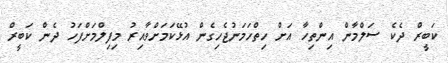
ކަބީރް ދެކެ ސަލްމާން އިންތިހާ އަށް ހިތްހަމަނުޖެހިގެން އުޅޭކަމަށްވާއިރު މިފިލްމަށްފަހު ދެން ކަބީރް